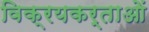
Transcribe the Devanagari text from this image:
विक्रयकर्ताओं